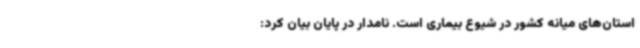
استان‌های میانه کشور در شیوع بیماری است. نامدار در پایان بیان کرد: